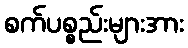
စက်ပစ္စည်းများအား